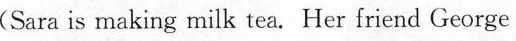
(Sara is making milk tea.Her friend George